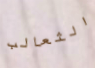
الثعالب